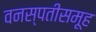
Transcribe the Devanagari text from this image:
वनस्पतीसमूह